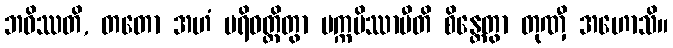
ဘဝိဿတိ, တတော အဟံ ပရိဝတ္တိတွာ ပက္ကမိဿာမီတိ စိန္တေတွာ တုဏှီ အဟောသိ။